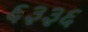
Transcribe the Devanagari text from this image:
६३३६